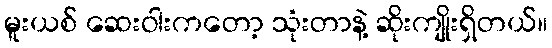
မူးယစ် ဆေးဝါးကတော့ သုံးတာနဲ့ ဆိုးကျိုးရှိတယ်။